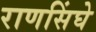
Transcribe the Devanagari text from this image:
राणसिंघे